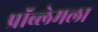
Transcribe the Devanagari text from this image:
प्रॉब्लेमला